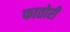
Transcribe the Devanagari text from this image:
फातोरी